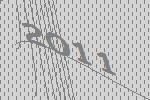
2011